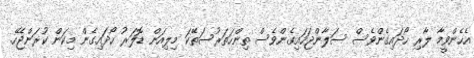
އެހެންވީމާ ލާރި ހޯދައިގެންވެސް ސަލާންޖަހައިގެންވެސް ތިންހަތަރުސަތޭކަ މިލިއަން ޑޮލަރު ހޯދައިގެން މިކަން ކުރަންޖެހޭ.